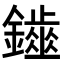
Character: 𨮷